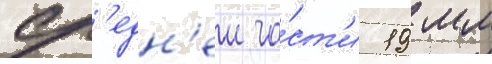
ср'едн'еи ча́ст'и 19 мм